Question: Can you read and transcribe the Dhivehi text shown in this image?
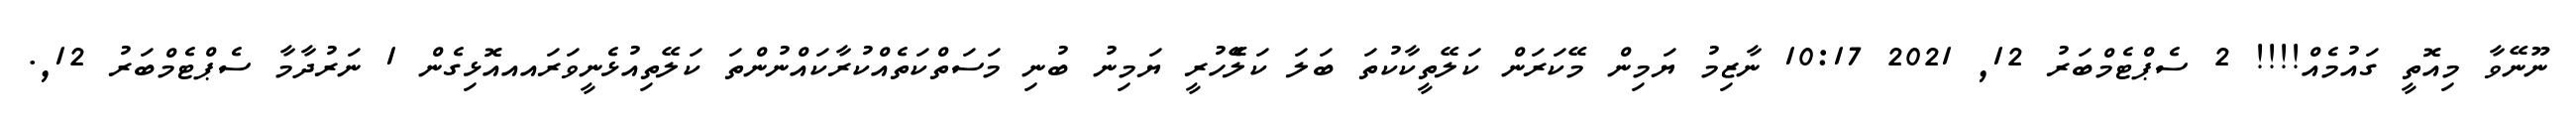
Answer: ނޫނޭވާ މިއޮތީ ގައުމެއް!!!! 2 ސެޕްޓެމްބަރު 12, 2021 10:17 ނާޒިމު ޔަމިން މޭކަރަން ކަލޭތީކާކުތަ ބަލަ ކަލެޭހުރީ ޔަމިނު ބުނި މަސަތްކަތެއްކުރާކައްނުންތަ ކަލޭތިއުޅެނީވަރައއއޮޅިގެން 1 ނަރުދާމާ ސެޕްޓެމްބަރު 12,.